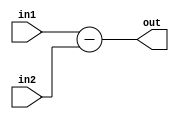
module fixed_point_subtractor (
    input [15:0] in1,       // First fixed-point input
    input [15:0] in2,       // Second fixed-point input
    output reg [15:0] out   // Output fixed-point result
);

    reg [15:0] temp;

    always @* begin
        temp = in1 - in2;   // Perform subtraction operation
        out = temp;         // Assign the result to the output
    end

endmodule